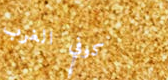
كوفي الغرب